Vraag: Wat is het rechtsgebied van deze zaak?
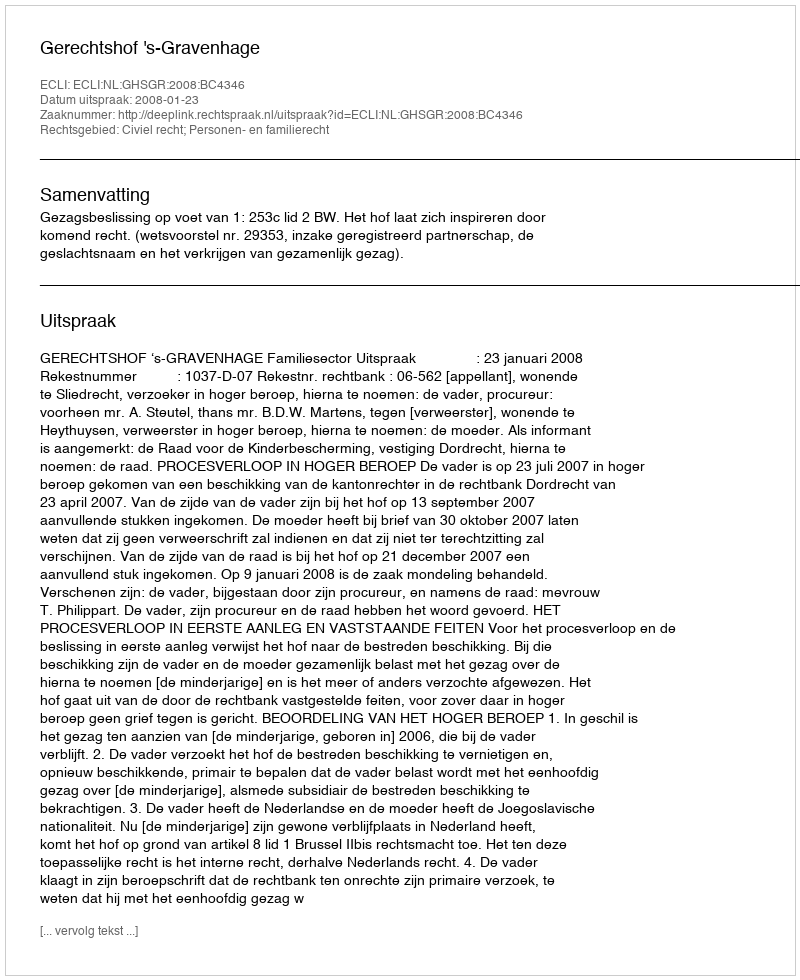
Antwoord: Civiel recht; Personen- en familierecht